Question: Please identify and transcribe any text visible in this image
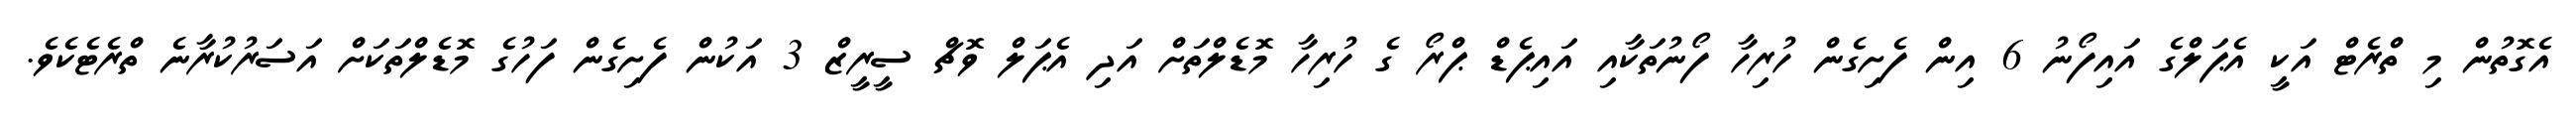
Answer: އެގޮތުން މި ތްރެޓް އަކީ އެޕަލްގެ އައިފޯނު 6 އިން ފެށިގެން ހުރިހާ ފޯނުތަކާއި އައިޕެޑް ޕްރޯ ގެ ހުރިހާ މޮޑެލްތަށް އަދި އެޕަލް ވޮޗް ސީރީޒް 3 އަކުން ފެށިގެން ފަހުގެ މޮޑެލްތަކަށް އަސަރުކުރާނެ ތްރެޓެކެވެ.